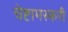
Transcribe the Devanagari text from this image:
चेष्टामस्करी